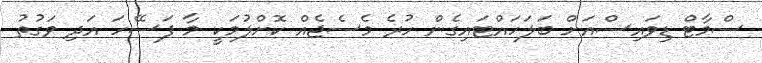
ސްމާޓް ޑިވައިސްއަށް ބަލަހައްޓައިގެން ހުރެ މެސެޖެއް ކޮށްލުމަކީ މާ ފަސޭހަ އަދި ވަގުތު